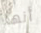
أنها